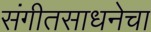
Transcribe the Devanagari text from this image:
संगीतसाधनेचा